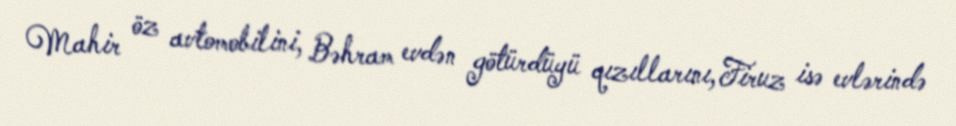
Mahir öz avtomobilini, Bəhram evdən götürdüyü qızıllarını, Firuz isə evlərində